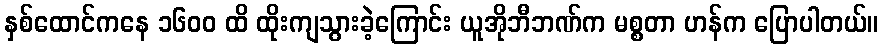
နှစ်ထောင်ကနေ ၁၆၀၀ ထိ ထိုးကျသွားခဲ့ကြောင်း ယူအိုဘီဘဏ်က မစ္စတာ ဟန်က ပြောပါတယ်။